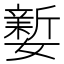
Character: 𡣎